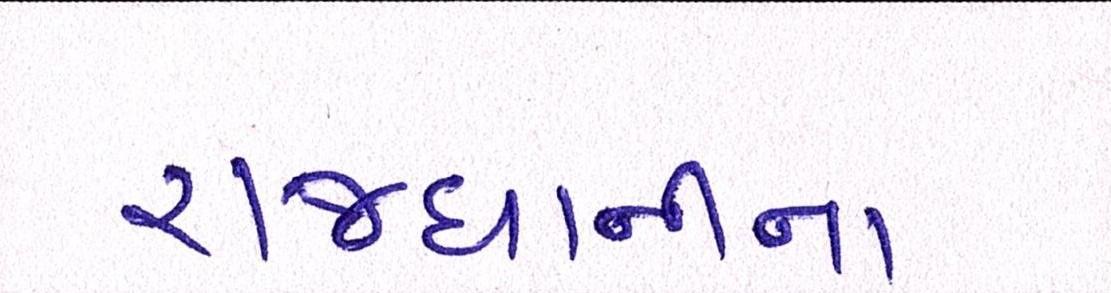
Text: રાજધાનીના